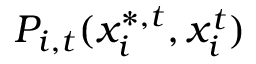
P _ { i , t } ( x _ { i } ^ { * , t } , x _ { i } ^ { t } )